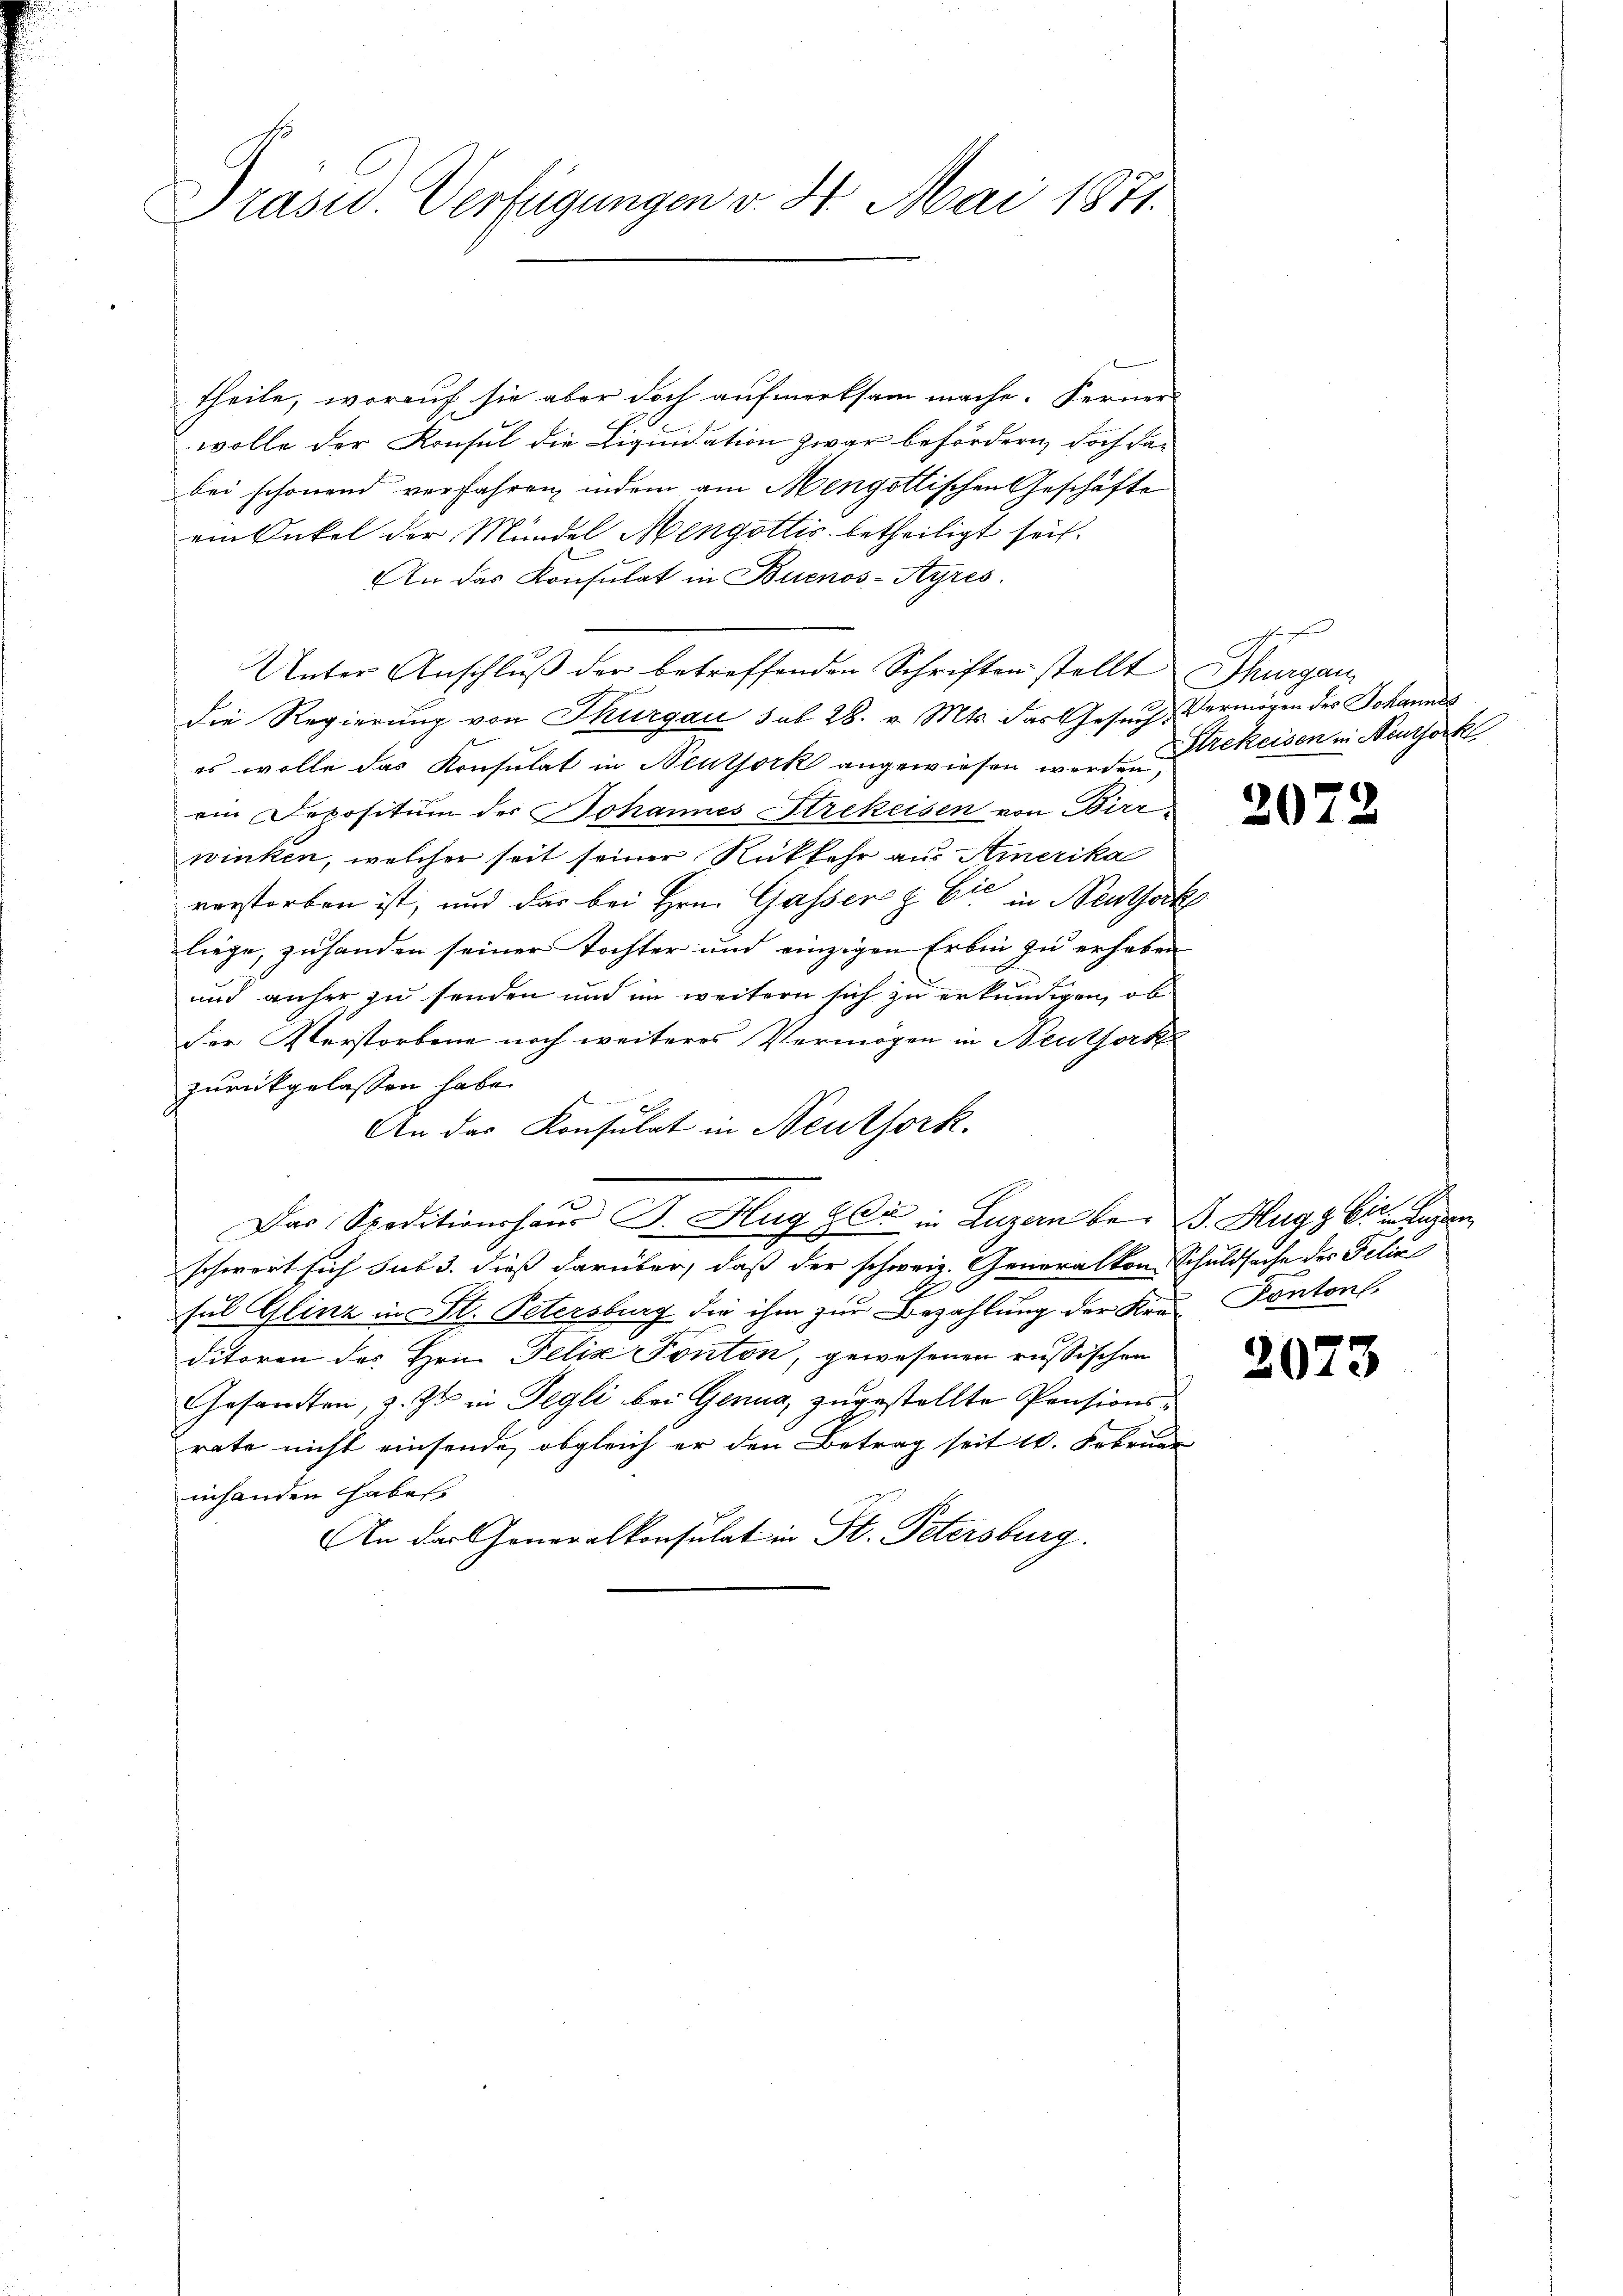
Präsid. Verfügungen v. 4. Mai 1871.

theile, worauf sie aber doch aufmerksam mache. Ferner-
wolle der Konsul die Liquidation zwar befördern, doch dabei schonend verfahren, indem am Mengottischen Geschäfte
ein Onkel der Mündel Mengottis betheiligt sei.
An das Konsulat in Buenos-Ayres
Unter Anschluß der betreffenden Schriften stellt Thurgan
die Regierung von Thurgau sub 28. v. Mts. das Gesuch, Vermögen des Johannes
es wolle das Konsulat in Neuthork angewiesen werden,
ein Depositum des Johannes Strekeisen von Birr
winken, welcher seit seiner Rückkehr aus Amerika
verstorben ist, und das bei Hrn. Gasser & Cie in Neuthork
liege, zuhanden seiner Tochter und einzigen Erbin zu erhaben
und anher zu senden und im weitern sich zu erkundigen, ob
der Verstorbene noch weiteres Vermögen in Neuthork
zurückgelassen habe.
An das Konsulat in Neuthork
Das Speditionshaus B. Hug Zdi in Luzern be- B. Hugg bisherigen
schwert sich sub 3. dieß darüber, daß der schweiz. Generalkon Schuldsache des Felix
sul Glinz in St. Petersburg die ihm zur Bezahlung der Krei Pontons,
ditoren des Hrn. Felix Fonton, gewesenen russischen
Gesandten, z. Z. in Tegli bei Genua, zugestellte Pensionsrate nicht einsende, obgleich er den Betrag seit 1. Februar
inhanden haben.
An der Generalkonsulat in St. Petersburg.

s
Strekeisen in Neuthork

2072

2073